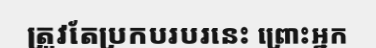
ត្រូវតែប្រកបរបរនេះ ព្រោះអ្នក